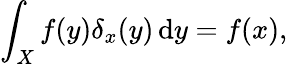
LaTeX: \int_{X}f(y)\delta_{x}(y)\, \mathrm{d}y=f(x),